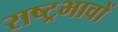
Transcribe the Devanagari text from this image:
राष्ट्रभावों